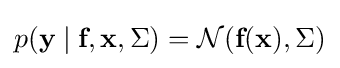
p({\textbf {y}}\mid {\textbf {f}},{\textbf {x}},\Sigma )={\mathcal {N}}({\textbf {f}}({\textbf {x}}),\Sigma )